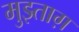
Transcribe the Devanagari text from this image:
मुझ्ताग़